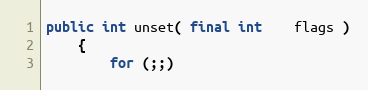
Language: Java
public int unset( final int    flags )
    {
        for (;;)